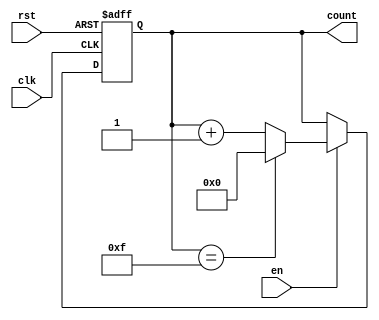
module MemoryBlocksUpCounter (
    input wire clk,        // Clock signal
    input wire rst,        // Reset signal (active high)
    input wire en,         // Enable signal
    output reg [3:0] count // 4-bit count output
);

// Parameters for initial and maximum values
parameter INITIAL_VALUE = 4'b0000; // Initial value
parameter MAX_VALUE = 4'b1111;      // Maximum value

// Always block for synchronous reset and counting
always @(posedge clk or posedge rst) begin
    if (rst) begin
        // Reset the count to the initial value
        count <= INITIAL_VALUE;
    end else if (en) begin
        // Increment the count if enabled
        if (count == MAX_VALUE) begin
            count <= INITIAL_VALUE; // Wrap around to initial value
        end else begin
            count <= count + 1; // Increment count
        end
    end
end

endmodule